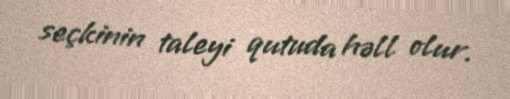
seçkinin taleyi qutuda həll olur.